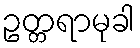
ဥတ္တရာမုခါ